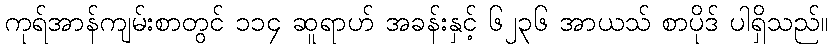
ကုရ်အာန်ကျမ်းစာတွင် ၁၁၄ ဆူရာဟ် အခန်းနှင့် ၆၂၃၆ အာယသ် စာပိုဒ် ပါရှိသည်။